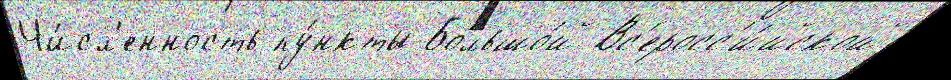
Чи́сл'енность пу́нкты Большо́й Вс'еросс'и́йской